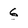
Character: 6